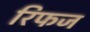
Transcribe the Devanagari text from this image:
रिफज